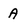
Character: A